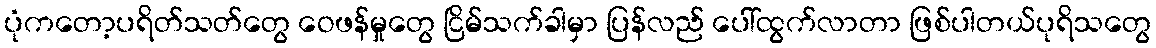
ပုံကတော့ပရိတ်သတ်တွေ ဝေဖန်မှုတွေ ငြိမ်သက်ခါမှာ ပြန်လည် ပေါ်ထွက်လာတာ ဖြစ်ပါတယ်ပုရိသတွေ